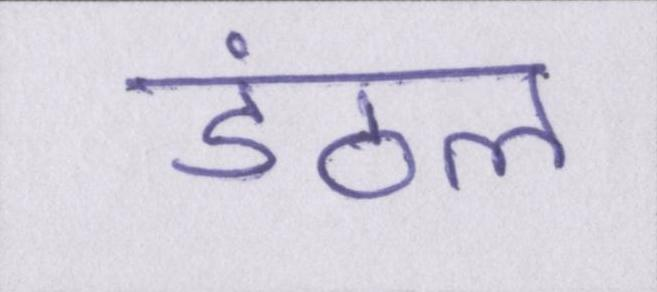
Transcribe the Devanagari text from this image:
डंठल